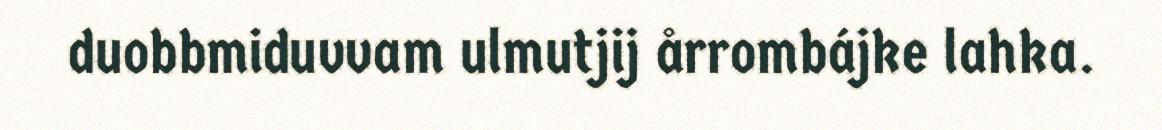
duobbmiduvvam ulmutjij årrombájke lahka.